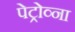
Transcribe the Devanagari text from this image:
पेट्रोव्ना